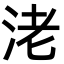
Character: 㳣